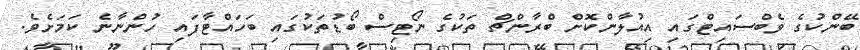
ބޭންކުގެ ވެބްސައިޓްގައި އިއުލާންކޮށް ބްރާންޗް ތަކުގެ ނޯޓިސް ބޯޑުތަކުގައި ބަހައްޓާފައި ހުންނާނެ ކަމަށެވެ.